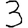
Digit: 3